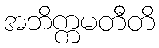
အဘိက္ကမတီတိ